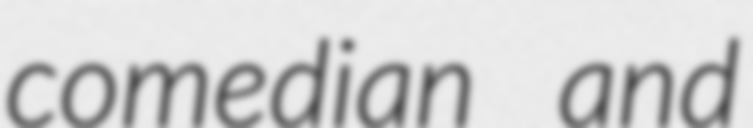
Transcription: comedian and